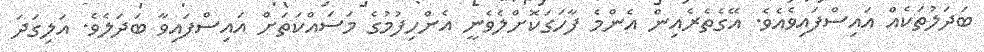
ބަދަލުތަކެއް އައިސްފައިވެއެވެ. އޭގެތެރެއިން އެންމެ ފާހަގަކޮށްލެވެނީ އެންހިފުމުގެ މަސައްކަތަށް އައިސްފައިވާ ބަދަލެވެ. އަލިގަދަ